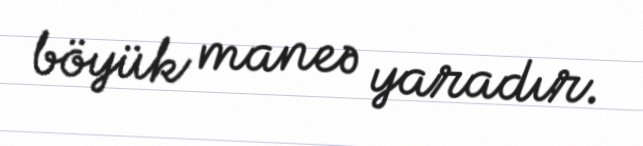
böyük maneə yaradır.